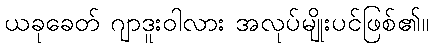
ယခုခေတ် ဂျာဒူးဝါလား အလုပ်မျိုးပင်ဖြစ်၏။